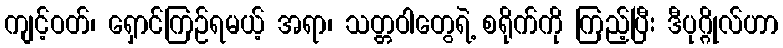
ကျင့်ဝတ်၊ ရှောင်ကြဉ်ရမယ့် အရာ၊ သတ္တဝါတွေရဲ့ စရိုက်ကို ကြည့်ပြီး ဒီပုဂ္ဂိုလ်ဟာ